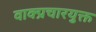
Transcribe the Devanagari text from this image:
वाक्प्रचारयुक्त